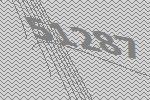
51287